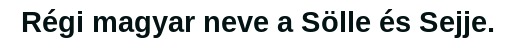
Régi magyar neve a Sölle és Sejje.